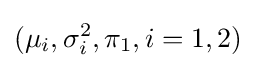
(\mu _{i},\sigma _{i}^{2},\pi _{1},i=1,2)